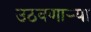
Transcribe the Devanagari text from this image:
उठवणाऱ्या